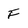
Character: F